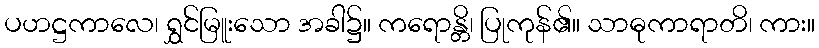
ပဟဋ္ဌကာလေ၊ ရွှင်မြူးသော အခါ၌။ ကရောန္တိ၊ ပြုကုန်၏။ သာဓုကာရာတိ၊ ကား။